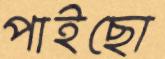
পাইছো